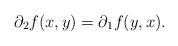
LaTeX: \begin{align*}\partial_2 f(x,y) = \partial_1 f(y,x).\end{align*}